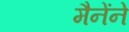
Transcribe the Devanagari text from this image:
मैनेंने